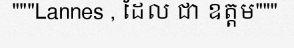
"""Lannes , ដែល ជា ឧត្តម"""